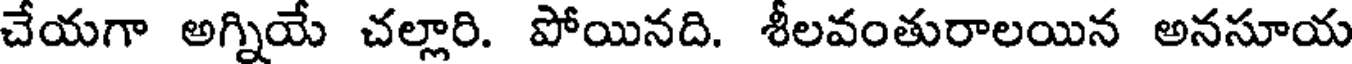
చేయగా అగ్నియే చల్లారి. పోయినది. శీలవంతురాలయిన అనసూయ